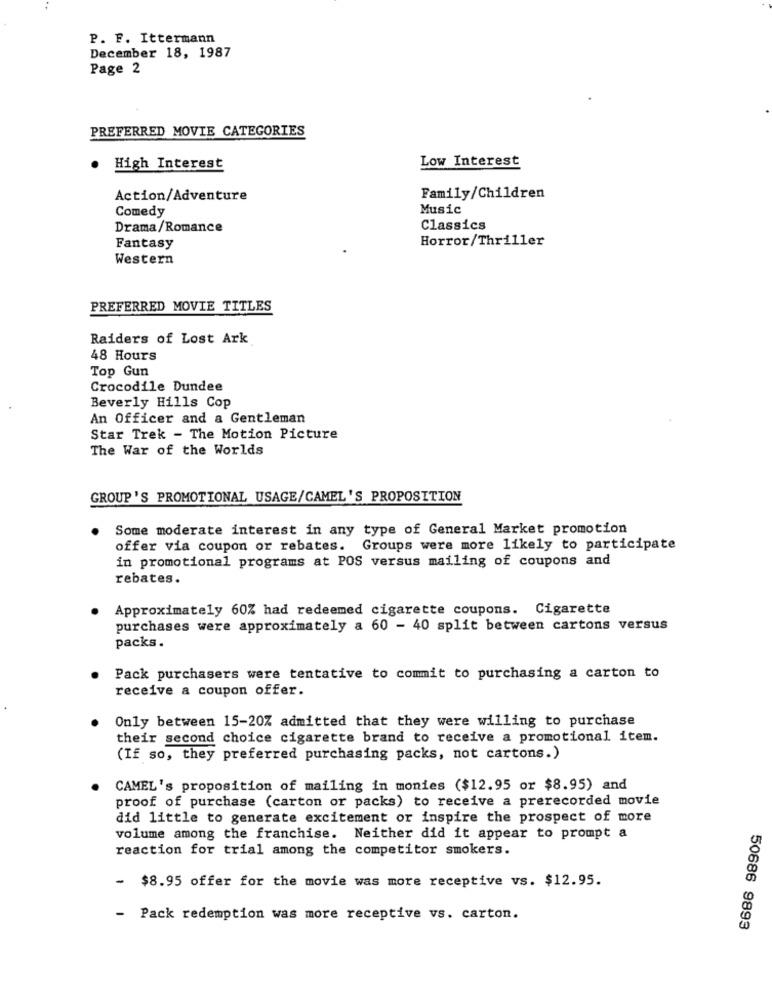
P. F. Ittermann
December 18, 1987
Page 2
PREFERRED MOVIE CATEGORIES
Low Interest
High Interest
Action/Adventure
Family/Children
Comedy
Music
Drama/Romance
Classics
Horror/Thriller
Fantasy
Western
PREFERRED MOVIE TITLES
Raiders of Lost Ark
48 Hours
Top Gun
Crocodile Dundee
Beverly Hills Cop
An Officer and a Gentleman
Star Trek - The Motion Picture
The War of the Worlds
GROUP'S PROMOTIONAL USAGE/CAMEL'S PROPOSITION
Some moderate interest in any type of General Market promotion
offer via coupon or rebates. Groups were more likely to participate
in promotional programs at POS versus mailing of coupons and
rebates.
Approximately 60% had redeemed cigarette coupons. Cigarette
purchases were approximately a 60 - 40 split between cartons versus
packs.
Pack purchasers were tentative to commit to purchasing a carton to
receive a coupon offer.
Only between 15-20% admitted that they were willing to purchase
their second choice cigarette brand to receive a promotional item.
(If so, they preferred purchasing packs, not cartons.)
CAMEL's proposition of mailing in monies ($12.95 or $8.95) and
proof of purchase (carton or packs) to receive a prerecorded movie
did little to generate excitement or inspire the prospect of more
volume among the franchise. Neither did it appear to prompt a
reaction for trial among the competitor smokers.
- $8.95 offer for the movie was more receptive vs. $12.95.
- Pack redemption was more receptive vs. carton.
50686 9893